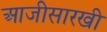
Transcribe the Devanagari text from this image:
आजीसारखी